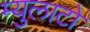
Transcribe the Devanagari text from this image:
म्युलाटो